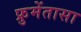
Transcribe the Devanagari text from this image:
फ्रुमेंतासा